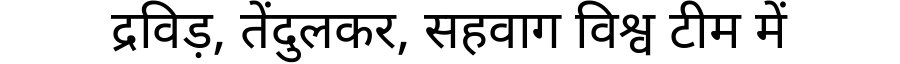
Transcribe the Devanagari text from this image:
द्रविड़, तेंदुलकर, सहवाग विश्व टीम में